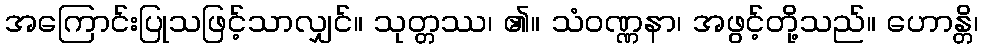
အကြောင်းပြုသဖြင့်သာလျှင်။ သုတ္တဿ၊ ၏။ သံဝဏ္ဏနာ၊ အဖွင့်တို့သည်။ ဟောန္တိ၊